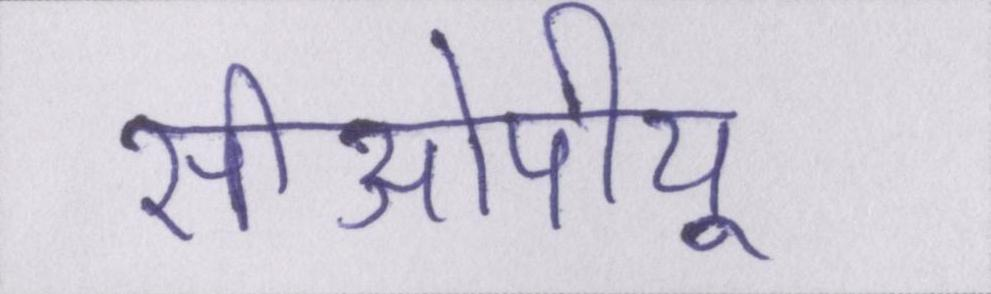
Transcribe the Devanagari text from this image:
सीओपीयू